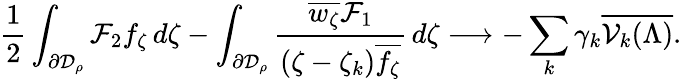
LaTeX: \frac 12\int_{\partial\mathcal{D}_{\rho}}\mathcal{F}_{2}f_{\zeta}\, d\zeta-\int_{\partial\mathcal{D}_{\rho}}\frac{\overline{{w_{\zeta}}}\mathcal{F}_{1}}{(\zeta-\zeta_{k})\overline{{f_{\zeta}}}}\, d\zeta\longrightarrow-\sum_{k}\gamma_{k}\overline{{\mathcal{V}_{k}(\Lambda)}}.